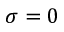
\sigma = 0